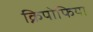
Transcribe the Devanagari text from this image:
क्निपोफिया